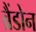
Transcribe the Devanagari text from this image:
ब्रैंडोन